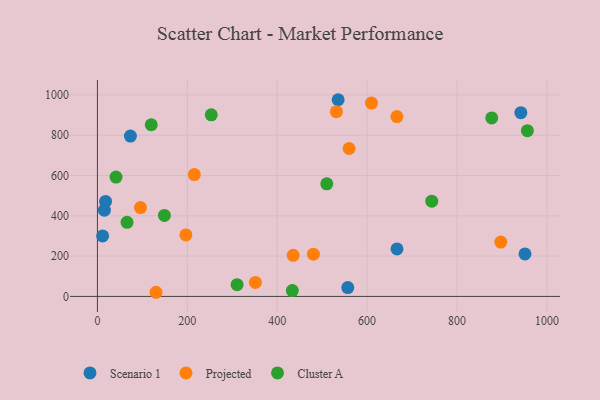
{"axis": {"x": "Engine Size", "y": "Exam Score"}, "legend": ["Cluster A", "Projected", "Scenario 1"], "data": [{"x": "18.1", "y": 471.6, "type": "Scenario 1"}, {"x": "666.5", "y": 235.4, "type": "Scenario 1"}, {"x": "942.0", "y": 911.6, "type": "Scenario 1"}, {"x": "11.6", "y": 300.2, "type": "Scenario 1"}, {"x": "15.5", "y": 428.0, "type": "Scenario 1"}, {"x": "557.0", "y": 43.8, "type": "Scenario 1"}, {"x": "535.5", "y": 976.1, "type": "Scenario 1"}, {"x": "73.4", "y": 795.6, "type": "Scenario 1"}, {"x": "951.2", "y": 210.6, "type": "Scenario 1"}, {"x": "609.8", "y": 959.3, "type": "Projected"}, {"x": "531.7", "y": 916.6, "type": "Projected"}, {"x": "666.3", "y": 892.7, "type": "Projected"}, {"x": "897.4", "y": 269.4, "type": "Projected"}, {"x": "351.5", "y": 69.4, "type": "Projected"}, {"x": "559.9", "y": 734.1, "type": "Projected"}, {"x": "480.5", "y": 209.5, "type": "Projected"}, {"x": "130.4", "y": 20.5, "type": "Projected"}, {"x": "435.5", "y": 204.1, "type": "Projected"}, {"x": "196.8", "y": 305.0, "type": "Projected"}, {"x": "95.8", "y": 441.1, "type": "Projected"}, {"x": "215.6", "y": 604.7, "type": "Projected"}, {"x": "310.7", "y": 58.0, "type": "Cluster A"}, {"x": "510.2", "y": 558.9, "type": "Cluster A"}, {"x": "119.8", "y": 851.8, "type": "Cluster A"}, {"x": "253.3", "y": 901.2, "type": "Cluster A"}, {"x": "65.9", "y": 367.8, "type": "Cluster A"}, {"x": "41.4", "y": 592.3, "type": "Cluster A"}, {"x": "433.6", "y": 28.7, "type": "Cluster A"}, {"x": "956.5", "y": 822.5, "type": "Cluster A"}, {"x": "877.2", "y": 885.8, "type": "Cluster A"}, {"x": "743.8", "y": 472.5, "type": "Cluster A"}, {"x": "149.0", "y": 402.0, "type": "Cluster A"}]}